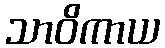
သာဝိကာယ